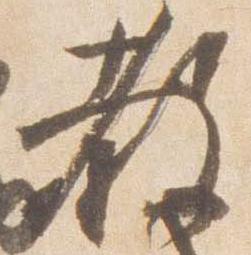
教